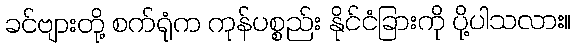
ခင်ဗျားတို့ စက်ရုံက ကုန်ပစ္စည်း နိုင်ငံခြားကို ပို့ပါသလား။